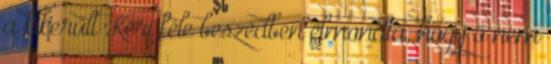
a kikerült Kéri féle beszédben elmondta, hogy ő nem